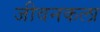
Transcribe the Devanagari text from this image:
जीवनकला